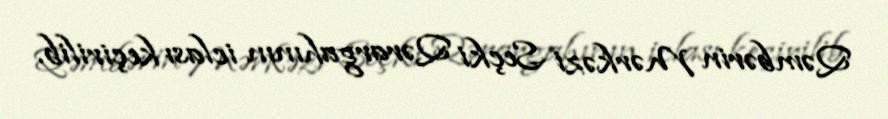
Qəmbərin Mərkəzi Seçki Qərargahının iclası keçirilib.